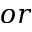
o r